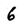
Character: 6